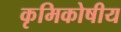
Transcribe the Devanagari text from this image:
कृमिकोषीय